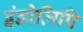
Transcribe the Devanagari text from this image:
इंडोलिपि